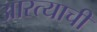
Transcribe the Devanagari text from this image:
आरत्याची